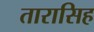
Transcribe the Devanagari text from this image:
तारासिह